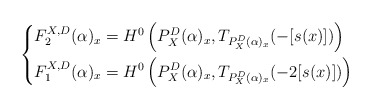
\begin{align*}\left \{ \begin{aligned} F_2^{X, D}(\alpha)_x &= H^0\left(P^D_X(\alpha)_x, T_{P^D_X(\alpha)_x}(-[s(x)])\right) \\F_1^{X, D}(\alpha)_x &= H^0\left(P^D_X(\alpha)_x, T_{P^D_X(\alpha)_x}(-2[s(x)]) \right) \end{aligned} \right .\end{align*}